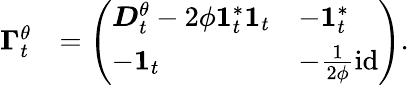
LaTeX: \begin{array}{rl}{\boldsymbol{\Gamma}_{t}^{\theta}}&{=\left(\begin{array}{ll}{\boldsymbol{D}_{t}^{\theta}-2\phi\boldsymbol{1}_{t}^{*}\boldsymbol{1}_{t}}&{-\boldsymbol{1}_{t}^{*}}\\ {-\boldsymbol{1}_{t}}&{-\frac 1{2\phi}\mathrm{id}}\end{array}\right).}\end{array}